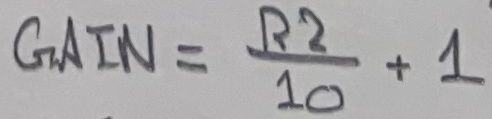
Text: GAIN = R2/10 + 1